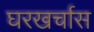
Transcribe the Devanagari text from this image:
घरखर्चास